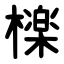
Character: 檪